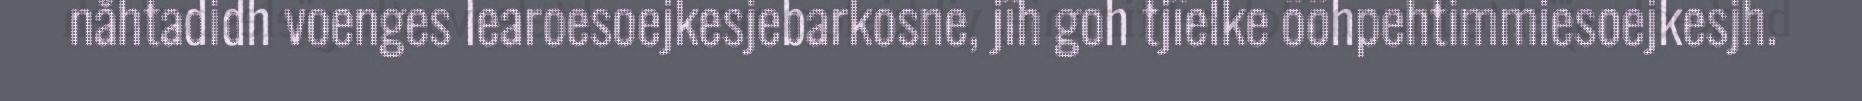
nåhtadidh voenges learoesoejkesjebarkosne, jïh goh tjïelke ööhpehtimmiesoejkesjh.